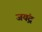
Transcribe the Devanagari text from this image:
जयंद्र